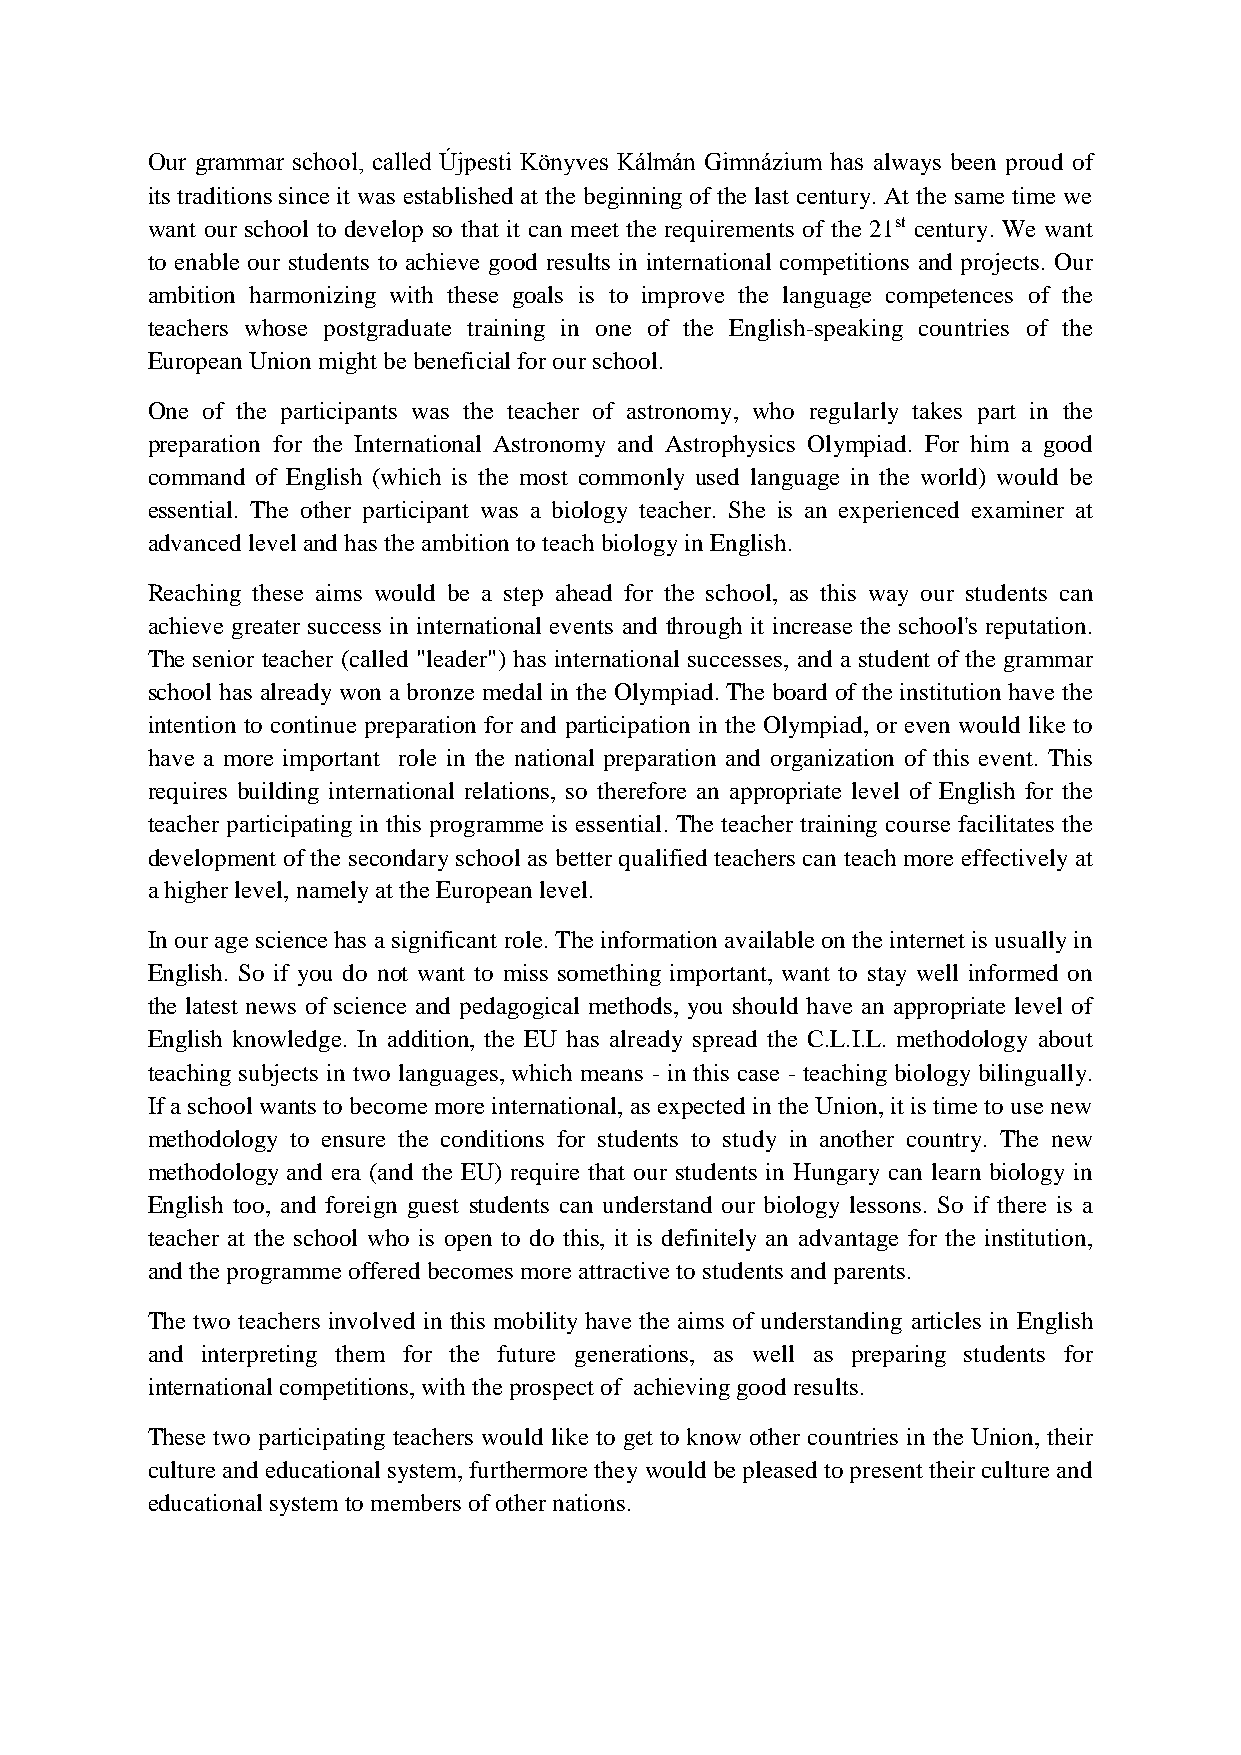
Our grammar school, called Újpesti Könyves Kálmán Gimnázium has always been proud of
 its traditions since it was established at the beginning of the last century. At the same time we
 want our school to develop so that it can meet the requirements of the 21st century. We want
 to enable our students to achieve good results in international competitions and projects. Our
 ambition harmonizing with these goals is to improve the language competences of the
 teachers whose postgraduate training in one of the English-speaking countries of the
 European Union might be beneficial for our school.
 One of the participants was the teacher of astronomy, who regularly takes part in the
 preparation for the International Astronomy and Astrophysics Olympiad. For him a good
 command of English (which is the most commonly used language in the world) would be
 essential. The other participant was a biology teacher. She is an experienced examiner at
 advanced level and has the ambition to teach biology in English.
 Reaching these aims would be a step ahead for the school, as this way our students can
 achieve greater success in international events and through it increase the school's reputation.
 The senior teacher (called "leader") has international successes, and a student of the grammar
 school has already won a bronze medal in the Olympiad. The board of the institution have the
 intention to continue preparation for and participation in the Olympiad, or even would like to
 have a more important role in the national preparation and organization of this event. This
 requires building international relations, so therefore an appropriate level of English for the
 teacher participating in this programme is essential. The teacher training course facilitates the
 development of the secondary school as better qualified teachers can teach more effectively at
 a higher level, namely at the European level.
 In our age science has a significant role. The information available on the internet is usually in
 English. So if you do not want to miss something important, want to stay well informed on
 the latest news of science and pedagogical methods, you should have an appropriate level of
 English knowledge. In addition, the EU has already spread the C.L.I.L. methodology about
 teaching subjects in two languages, which means - in this case - teaching biology bilingually.
 If a school wants to become more international, as expected in the Union, it is time to use new
 methodology to ensure the conditions for students to study in another country. The new
 methodology and era (and the EU) require that our students in Hungary can learn biology in
 English too, and foreign guest students can understand our biology lessons. So if there is a
 teacher at the school who is open to do this, it is definitely an advantage for the institution,
 and the programme offered becomes more attractive to students and parents.
 The two teachers involved in this mobility have the aims of understanding articles in English
 and interpreting them for the future generations, as well as preparing students for
 international competitions, with the prospect of achieving good results.
 These two participating teachers would like to get to know other countries in the Union, their
 culture and educational system, furthermore they would be pleased to present their culture and
 educational system to members of other nations.